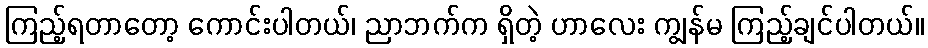
ကြည့်ရတာတော့ ကောင်းပါတယ်၊ ညာဘက်က ရှိတဲ့ ဟာလေး ကျွန်မ ကြည့်ချင်ပါတယ်။